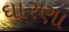
ઘારણા